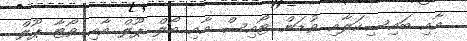
އާއި ބައިސިކަލާއި ވުޑަން ޓޯއިސް އާއި ބޯލް ޕޫލް އާއި ވޯޓާ ޕޫލް